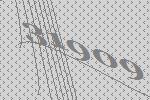
31909